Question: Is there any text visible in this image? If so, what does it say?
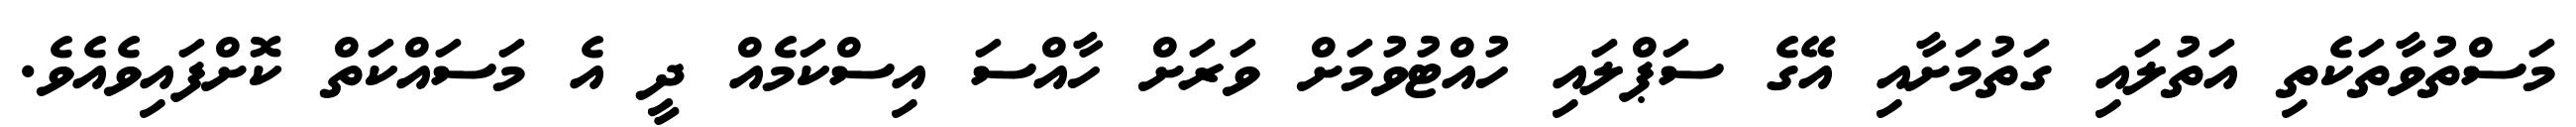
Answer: މަސްތުވާތަކެތި އަތުލައި ގަތުމަށާއި އޭގެ ސަޕްލައި ހުއްޓުވުމަށް ވަރަށް ހާއްސަ އިސްކަމެއް ދީ އެ މަސައްކަތް ކޮށްފައިވެއެވެ.